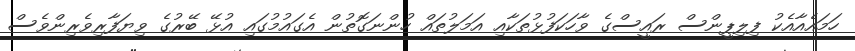
ހަމައެއާއެކު ފިލިޕީންސް ރައީސްގެ ވާހަކަފުޅުތަކާއި އަމަލުތައް ހުންނަގޮތުން އެގައުމުގައި އުޅޭ ބޭރުގެ ވިޔަފާރިވެރިންވެސް